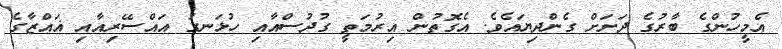
އެމީހުންގެ ބާރުގެ ދަށަށް ގެންދިޔައެވެ. އެގޮތުން އިރުމަތީ ގުދުސްއާއި ހުޅަނގު އައްސޭރިއާއި ޣައްޒާގެ